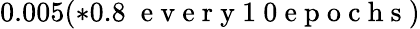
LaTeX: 0.005(*0.8\; \mathrm{~e~v~e~r~y~1~0~e~p~o~c~h~s~})